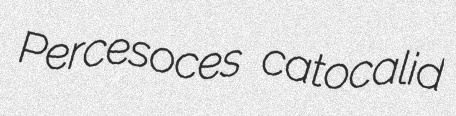
Percesoces catocalid